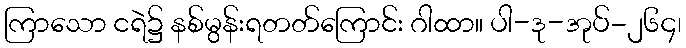
ကြာသော ငရဲ၌ နစ်မွန်းရတတ်ကြောင်း ဂါထာ။ ပါ-ဒု-အုပ်-၂၆၄၊